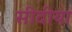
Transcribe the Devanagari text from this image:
सीदीया